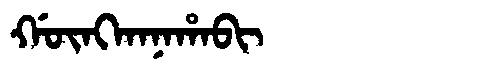
Manchu: ᡤᡡᠩᡴᠠᠨᠠᡥᠠᠪᡳ
Romanization: GŪNGKANAHABI